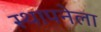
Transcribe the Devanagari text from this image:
स्‍थापनेला